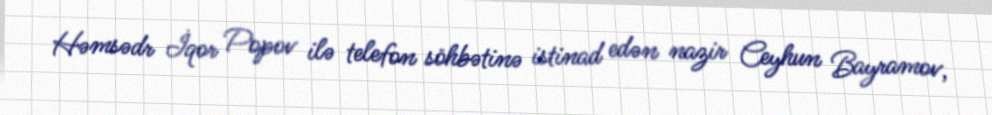
Həmsədr İqor Popov ilə telefon söhbətinə istinad edən nazir Ceyhun Bayramov,